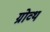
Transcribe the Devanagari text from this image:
ग्रोव्थ